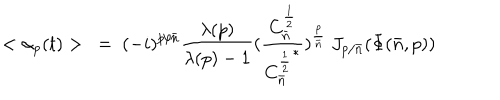
< \alpha _ { p } ( t ) > ~ = { } ~ ( - i ) ^ { p / { \bar { n } } } { \frac { \lambda ( p ) } { \lambda ( p ) - 1 } } ( { \frac { C _ { \bar { n } } ^ { \frac { 1 } { 2 } } } { { C _ { \bar { n } } ^ { \frac { 1 } { 2 } } } ^ { * } } } ) ^ { { \frac { p } { \bar { n } } } } ~ J _ { p / { \bar { n } } } ( \Phi ( { \bar { n } } , p ) )